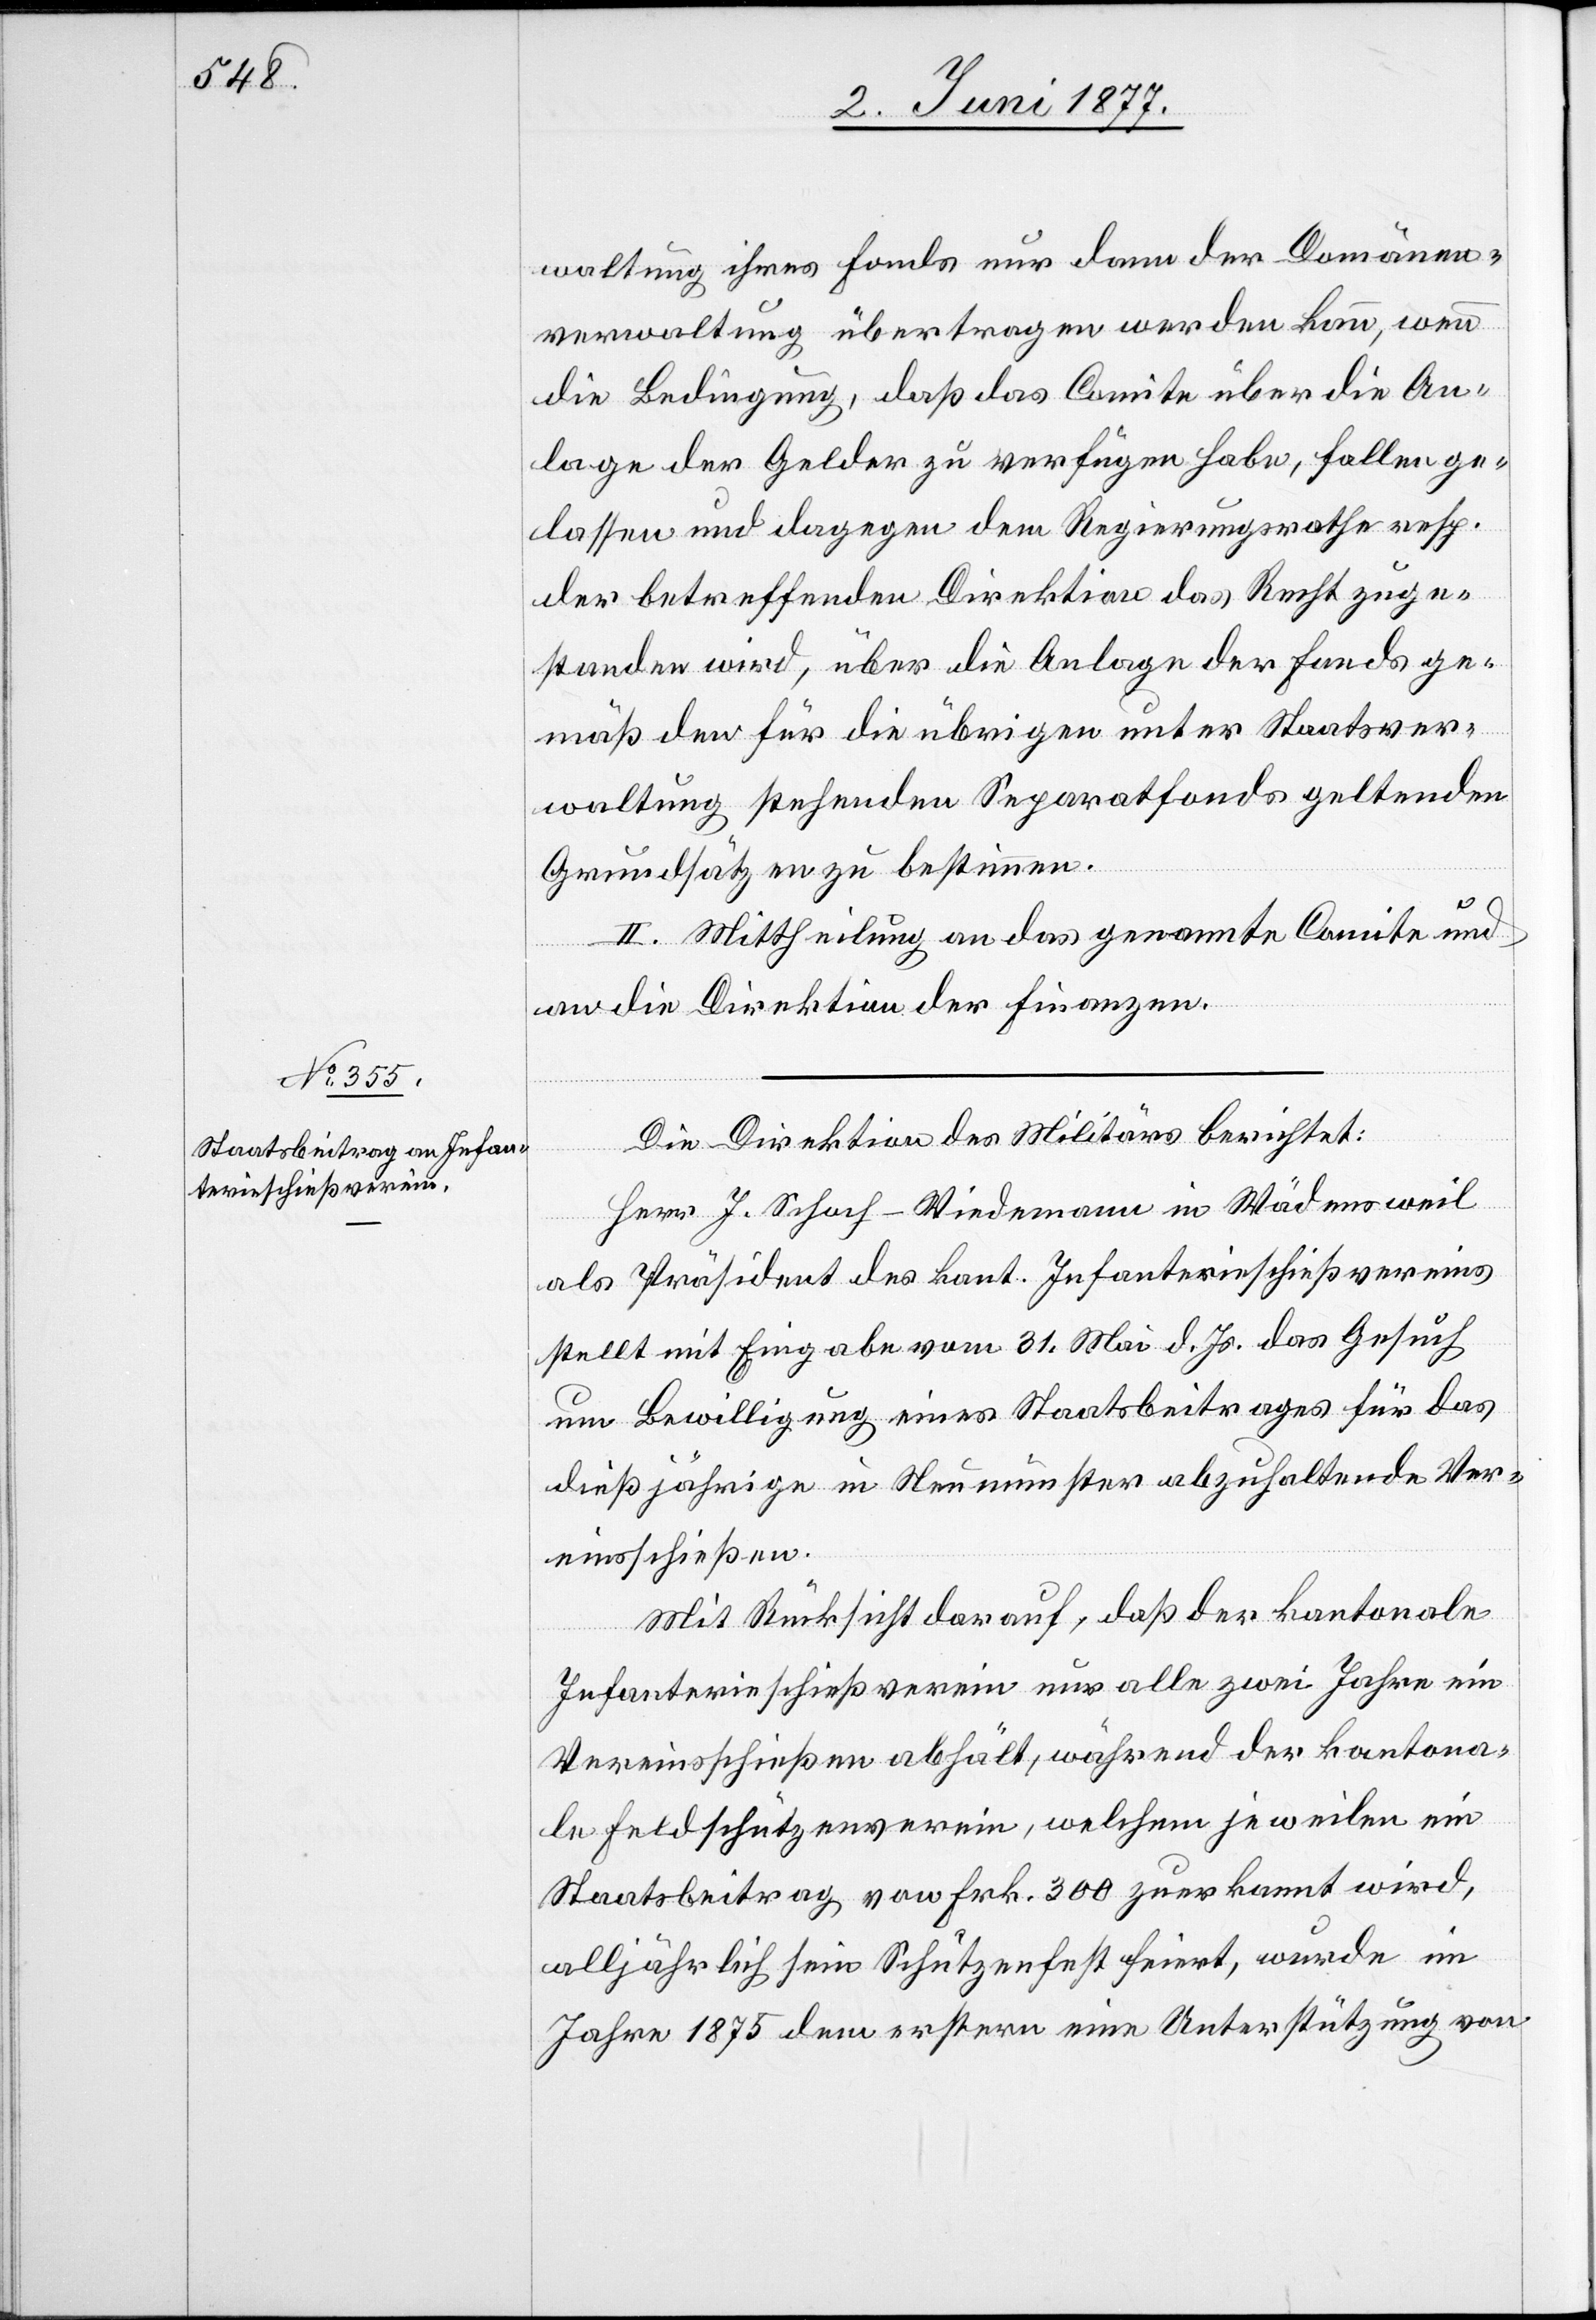
waltung ihres Fonds nur dann der Domänen¬
verwaltung übertragen werden kann, wenn
die Bedingung, daß das Comite über die An¬
lage der Gelder zu verfügen habe, fallen ge¬
lassen und dagegen dem Regierungsrathe resp.
der betreffenden Direktion der Recht zuge¬
standen wird, über die Anlage der Fonds ge¬
mäß den für die übrigen unter Staatsver¬
waltung stehenden Separatfonds geltenden
Grundsätzen zu bestimmen.
II. Mittheilung an das genannte Comite und
an die Direktion der Finanzen.
Die Direktion des Militärs berichtet:
Herr J. Schoch-Wiedemann in Wädensweil
als Präsident des kant. Infanterieschießvereins
stellt mit Eingabe vom 31. Mai d. Js. das Gesuch
um Bewilligung eines Staatsbeitrages für das
dießjährige in Neumünster abzuhaltende Ver¬
einsschießen.
Mit Rücksicht darauf, daß der kantonale
Infanterieschießverein nur alle zwei Jahre ein
Vereinsschießen abhält, während der kantona¬
le Feldschützenverein, welchem jeweilen ein
Staatsbeitrag von Frk. 300 zuerkannt wird,
alljährlich sein Schützenfest feiert, wurde im
Jahre 1875 dem erstern eine Unterstützung von